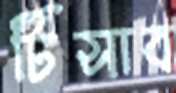
টিসাব